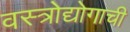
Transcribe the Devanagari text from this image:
वस्त्रोद्योगाची